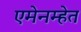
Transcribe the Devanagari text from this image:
एमेनम्हेत